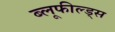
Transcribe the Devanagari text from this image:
ब्लूफील्ड्स